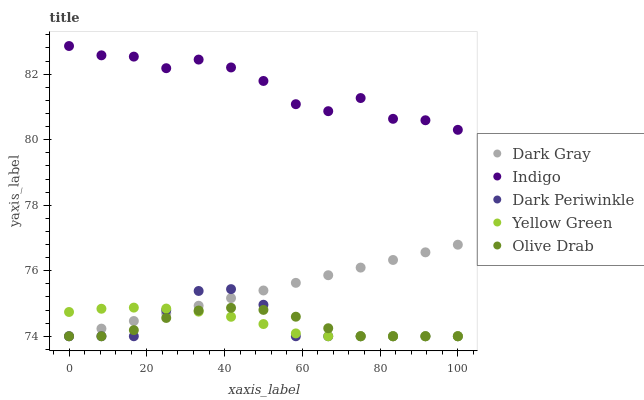
| xaxis_label | Dark Gray | Indigo | Dark Periwinkle | Yellow Green | Olive Drab |
 | --- | --- | --- | --- | --- | --- |
 | 0 | 74 | 82.9 | 74 | 74.7 | 74 |
 | 8.33 | 74.2 | 82.6 | 74 | 74.8 | 74 |
 | 16.7 | 74.5 | 82.5 | 74 | 74.9 | 74.2 |
 | 25 | 74.7 | 82.2 | 74.8 | 74.8 | 74.6 |
 | 33.3 | 74.9 | 82.4 | 75.4 | 74.8 | 74.8 |
 | 41.7 | 75.2 | 82.2 | 75.4 | 74.6 | 74.9 |
 | 50 | 75.4 | 81.8 | 75 | 74.4 | 74.8 |
 | 58.3 | 75.6 | 81.1 | 74 | 74.1 | 74.6 |
 | 66.7 | 75.9 | 80.9 | 74 | 74 | 74.2 |
 | 75 | 76.1 | 81.3 | 74 | 74 | 74 |
 | 83.3 | 76.3 | 80.6 | 74 | 74 | 74 |
 | 91.7 | 76.6 | 80.6 | 74 | 74 | 74 |
 | 100 | 76.8 | 80.3 | 74 | 74 | 74 |